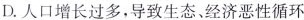
D.人口增长过多，导致生态、经济恶性循环